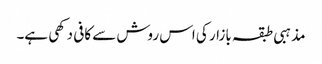
مذہبی طبقہ بازار کی اس روش سے کافی دکھی ہے۔